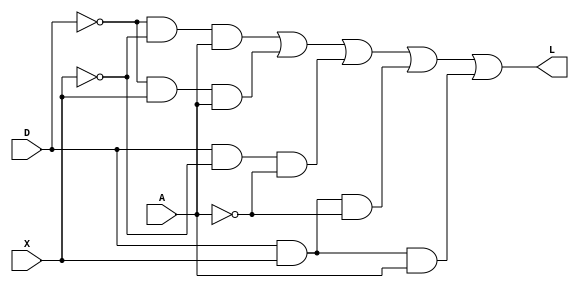
module comb
(
    input D, X, A,
    output L
);

assign L = (~D)&(~X)&A | (~D)&X&A | D&(~X)&(~A) | D&X&(~A) | D&X&A; 

endmodule